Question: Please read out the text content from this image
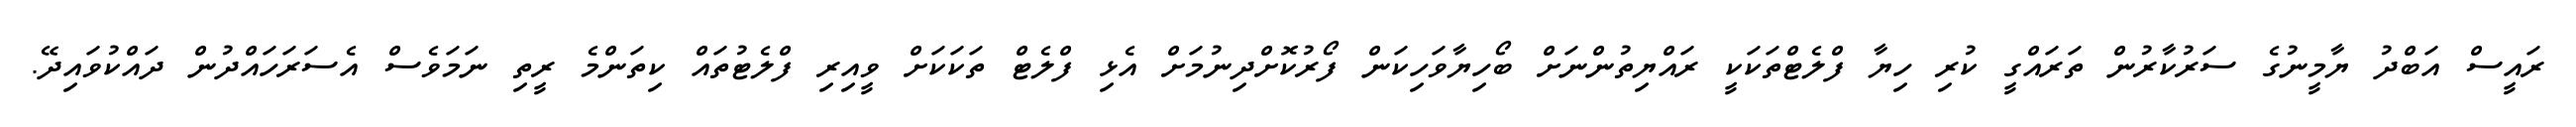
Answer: ރައީސް އަބްދު ޔާމީނުގެ ސަރުކާރުން ތަރައްގީ ކުރި ހިޔާ ފްލެޓްތަކަކީ ރައްޔިތުންނަށް ބޯހިޔާވަހިކަން ފޯރުކޮށްދިނުމަށް އެޅި ފްލެޓް ތަކަކަށް ވީއިރި ފްލެޓުތައް ކިތަންމެ ރީތި ނަމަވެސް އެސަރަހައްދުން ދައްކުވައިދޭ.